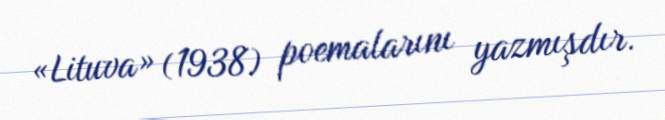
«Lituva» (1938) poemalarını yazmışdır.